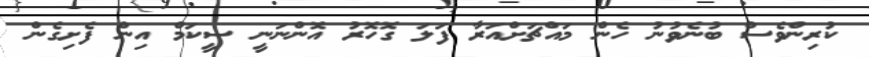
ކުރިންވެސް ބުނެވުނު ހެން މައްޗަށްއަރާ ފަލަ ގޮހޮރު އޮންނަނީ ސީކަމް އިން ފެށިގެން